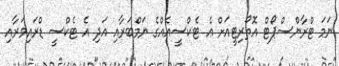
ނަމަ ޓްރާންސްޕޯޓް އޮތޯރިޓީއަށް އެ ޓެކްސީއެއްގެ ނަމްބަރާއި އަދި އެ ޓެކްސީ ޑްރައިވަރާއި